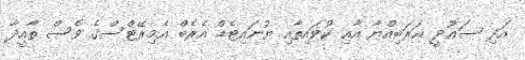
އަދި ސަޢޫދީ ޢަރަބިއްޔާ އާއި ކުވައިތާއި ޔުނައިޓެޑް އެރެބް އެމިރޭޓްސްގެ ވެސް ތާއީދާ